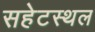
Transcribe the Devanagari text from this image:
सहेटस्थल